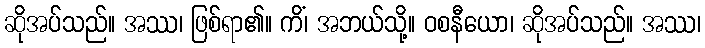
ဆိုအပ်သည်။ အဿ၊ ဖြစ်ရာ၏။ ကိံ၊ အဘယ်သို့။ ဝစနီယော၊ ဆိုအပ်သည်။ အဿ၊